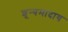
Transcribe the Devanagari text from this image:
शून्यमादाय